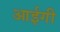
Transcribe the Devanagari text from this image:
आईगी